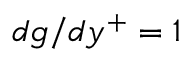
d g / d y ^ { + } = 1